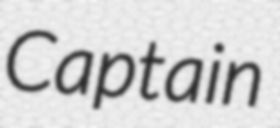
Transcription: Captain